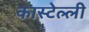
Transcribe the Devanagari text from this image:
कास्टेल्ली